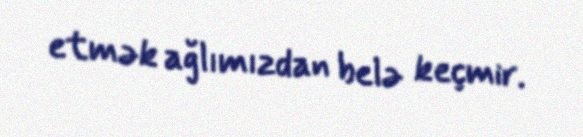
etmək ağlımızdan belə keçmir.